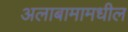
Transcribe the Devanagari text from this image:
अलाबामामधील